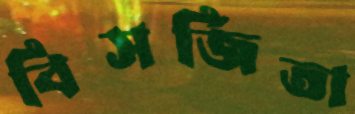
বিসর্জিতা